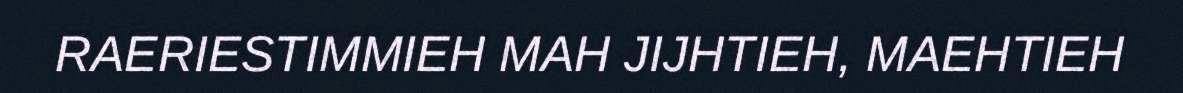
RAERIESTIMMIEH MAH JIJHTIEH, MAEHTIEH